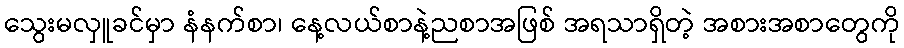
သွေးမလှူခင်မှာ နံနက်စာ၊ နေ့လယ်စာနဲ့ညစာအဖြစ် အရသာရှိတဲ့ အစားအစာတွေကို